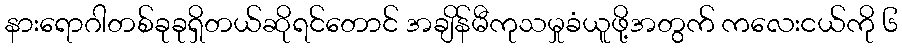
နားရောဂါတစ်ခုခုရှိတယ်ဆိုရင်တောင် အချိန်မီကုသမှုခံယူဖို့အတွက် ကလေးငယ်ကို ၆